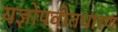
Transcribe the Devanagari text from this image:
यज्ञोपवीतधारण